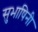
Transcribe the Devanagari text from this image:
सुभाषिनी